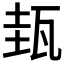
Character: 𤬿